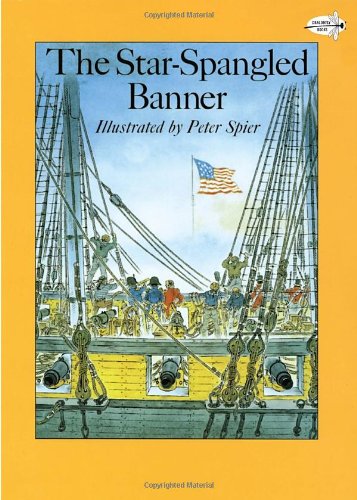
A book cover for The Star-Spangled Banner (Reading Rainbow Books); Peter Spier; Children's Books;